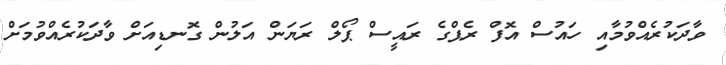
ވާދަކުރެއްވުމާއި ހައުސް އޮފް ރެޕްގެ ރައީސް ޕޯލް ރަޔަން އަލުން ގޮނޑިއަށް ވާދަކުރެއްވުމަށް